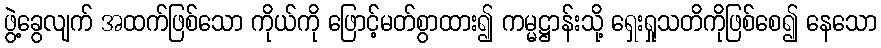
ဖွဲ့ခွေလျက် အထက်ဖြစ်သော ကိုယ်ကို ဖြောင့်မတ်စွာထား၍ ကမ္မဋ္ဌာန်းသို့ ရှေးရှုသတိကိုဖြစ်စေ၍ နေသော